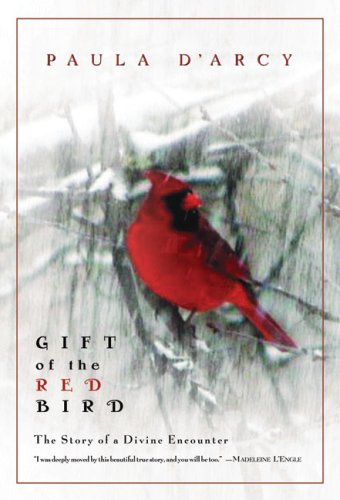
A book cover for Gift of the Red Bird: The Story of a Divine Encounter; Paula D'Arcy; Self-Help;